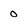
Character: 0